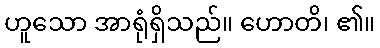
ဟူသော အာရုံရှိသည်။ ဟောတိ၊ ၏။